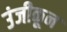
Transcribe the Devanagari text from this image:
उंजीकून